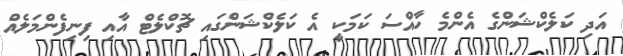
އަދި ކަލެކްޝަންގެ އެންމެ ހާއްސަ ކަމަކީ އެ ކަލެކްޝަންގައި ޗޮކްލެޓް އާއި ފިނިފެންމަލެއް